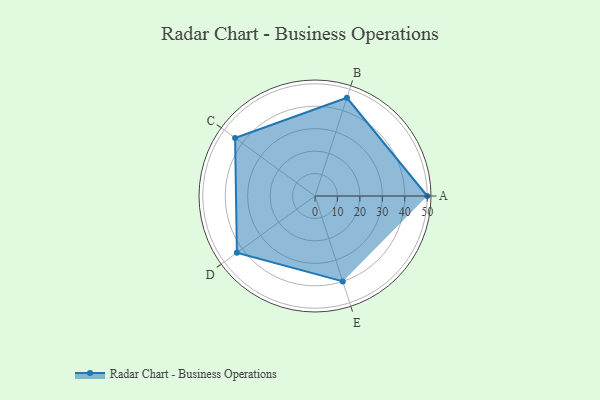
{"axis": {"x": "Skill", "y": "Score"}, "legend": ["Profile"], "data": [{"x": "A", "y": 50.0, "type": "Profile"}, {"x": "B", "y": 46.0, "type": "Profile"}, {"x": "C", "y": 44.0, "type": "Profile"}, {"x": "D", "y": 43.0, "type": "Profile"}, {"x": "E", "y": 40.0, "type": "Profile"}]}